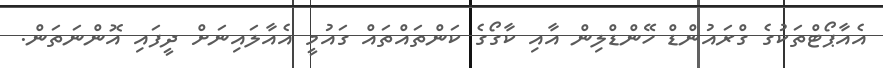
އެއާޕޯޓްތަކުގެ ގްރައުންޑް ހޭންޑްލިން އާއި ކާގޯގެ ކަންތައްތައް ގައުމީ އެއާލައިނަށް ދީފައި އޮންނަތަން.